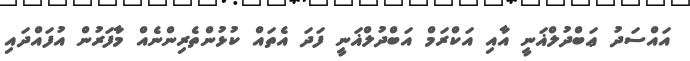
އައްސަދު ޢަބްދުލްޣަނީ އާއި އަކްރަމް އަބްދުލްޣަނީ ފަދަ އެތައް ކުޅުންތެރިންނެއް މާފަރުން އުފައްދައި